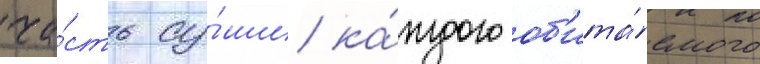
ча́сть су́ши ка́ждого об'ита́емого